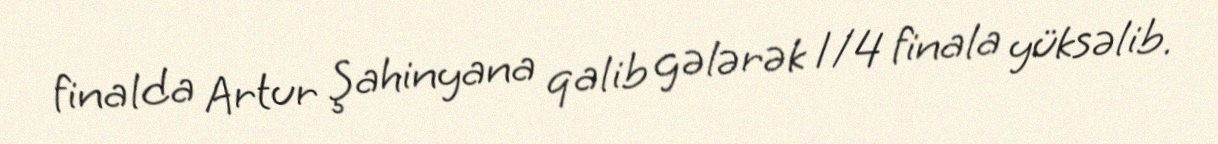
finalda Artur Şahinyana qalib gələrək 1/4 finala yüksəlib.